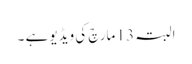
البتہ 13 مارچ کی ویڈیو ہے ۔